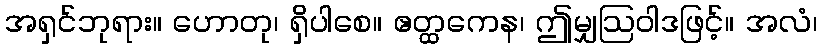
အရှင်ဘုရား။ ဟောတု၊ ရှိပါစေ။ ဧတ္ထကေန၊ ဤမျှဩဝါဒဖြင့်။ အလံ၊